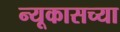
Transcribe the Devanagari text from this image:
न्यूकासच्या